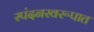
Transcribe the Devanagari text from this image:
स्पंदनस्वरूपात